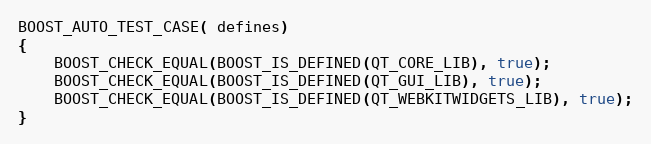
Language: C++
BOOST_AUTO_TEST_CASE( defines)
{
    BOOST_CHECK_EQUAL(BOOST_IS_DEFINED(QT_CORE_LIB), true);
    BOOST_CHECK_EQUAL(BOOST_IS_DEFINED(QT_GUI_LIB), true);
    BOOST_CHECK_EQUAL(BOOST_IS_DEFINED(QT_WEBKITWIDGETS_LIB), true);
}